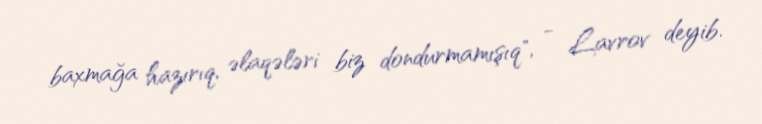
baxmağa hazırıq, əlaqələri biz dondurmamışıq", - Lavrov deyib.